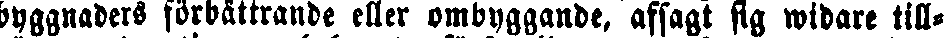
byggnaders förbättrande eller ombyggande, afsagt sig widare till-